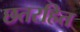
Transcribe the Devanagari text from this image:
छतरहित